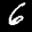
Label: 6